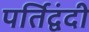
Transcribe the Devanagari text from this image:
पर्तिद्वंदी